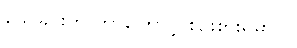
သေခြင်းကို ဘာကြောင့် စဉ်းစားရမှာလဲ